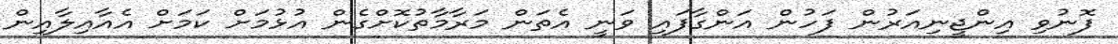
ފޮނުވި އިންޖީނިއަރުން ފަހުން އަންގާފައި ވަނީ އެތަން މަރާމާތުކޮށްގެން އުޅުމަށް ކަމަށް އެއާއިލާއިން